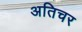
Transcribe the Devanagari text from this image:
अतिचर